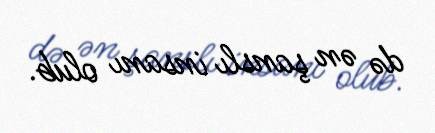
də ən şanslı insanı olub.